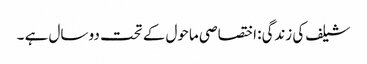
شیلف کی زندگی: اختصاصی ماحول کے تحت دو سال ہے ۔